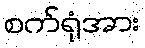
စက်ရုံအား